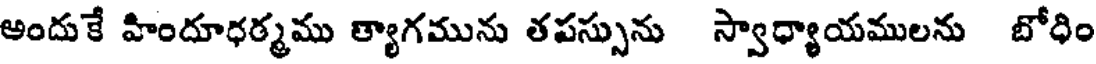
అందుకే హిందూధర్మము త్యాగమును తపస్సును స్వాధ్యాయములను బోధిం